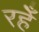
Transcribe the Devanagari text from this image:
रहेँ